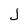
Character: J